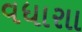
વધારાા